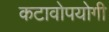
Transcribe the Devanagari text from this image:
कटावोपयोगी